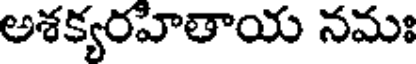
అశక్యరహితాయ నమః